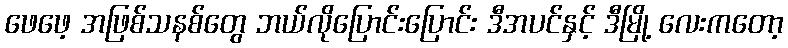
ဖေဖေ့ အဖြစ်သနစ်တွေ ဘယ်လိုပြောင်းပြောင်း ဒီအပင်နှင့် ဒီမြို့ လေးကတော့